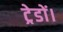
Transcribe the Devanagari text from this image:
ट्रेडों।